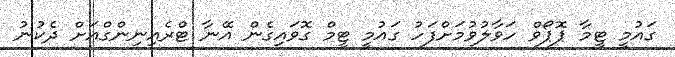
ގައުމީ ޓީމާ ޕޮޕޯވް ހަވާލުވުމަށްފަހު ގައުމީ ޓީމް ގޮވައިގެން އޭނާ ޓްރެއިނިންގްއަށް ދެކުނު